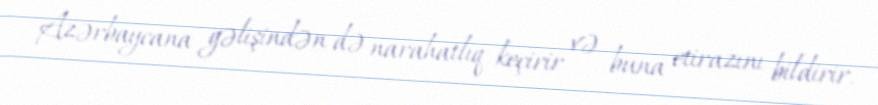
Azərbaycana gəlişindən də narahatlıq keçirir və buna etirazını bildirir.